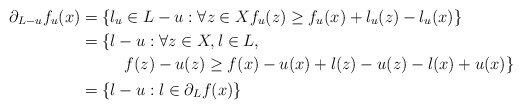
\begin{align*} \partial_{L-u} f_u(x) &= \{l_u\in L-u: \forall z\in X f_u(z)\geq f_u(x) + l_u(z) - l_u(x)\} \\ &= \{\begin{multlined}[t]l-u: \forall z\in X, l\in L,\\f(z) - u(z)\geq f(x) -u(x) + l(z) - u(z) -l(x) + u(x) \}\end{multlined}\\ &= \{l-u:l\in\partial_L f(x)\} \end{align*}